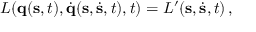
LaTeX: L ( \mathbf { q } ( \mathbf { s } , t ) , { \dot { \mathbf { q } } } ( \mathbf { s } , { \dot { \mathbf { s } } } , t ) , t ) = L ^ { \prime } ( \mathbf { s } , { \dot { \mathbf { s } } } , t ) \, ,